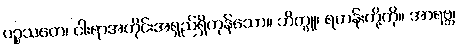
ပဉ္စသတေ၊ ငါးရာအတိုင်းအရှည်ရှိကုန်သော။ ဘိက္ခူ၊ ရဟန်းတို့ကို။ အာရဗ္ဘ၊